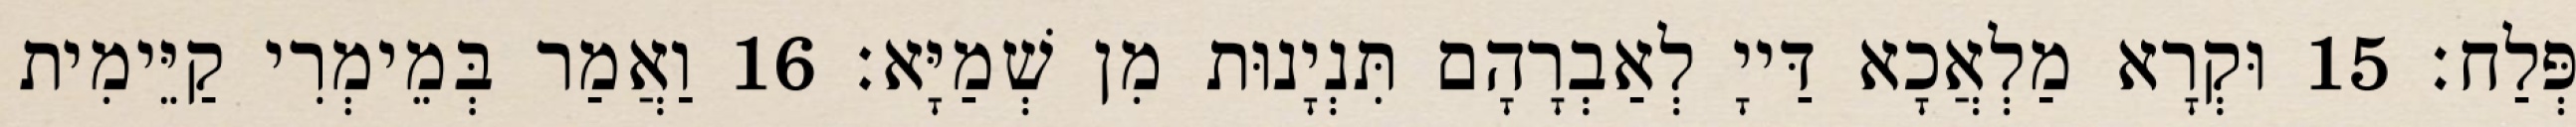
פְּלַח׃ 15 וּקְרָא מַלְאֲכָא דַּייָ לְאַבְרָהָם תִּנְיָנוּת מִן שְׁמַיָּא׃ 16 וַאֲמַר בְּמֵימְרִי קַיֵּימִית